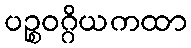
ပဉ္စဝဂ္ဂိယကထာ